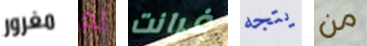
مغرور لم غرانت يتجه من